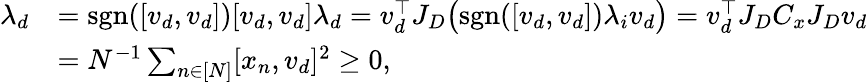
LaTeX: \begin{array}{rl}{\lambda_{d}}&{=\mathrm{sgn}([v_{d},v_{d}])[v_{d},v_{d}]\lambda_{d}=v_{d}^{\top}J_{D}\big(\mathrm{sgn}([v_{d},v_{d}])\lambda_{i}v_{d}\big)=v_{d}^{\top}J_{D}C_{x}J_{D}v_{d}}\\ &{=N^{-1}\sum_{n\in[N]}[x_{n},v_{d}]^{2}\geq 0,}\end{array}